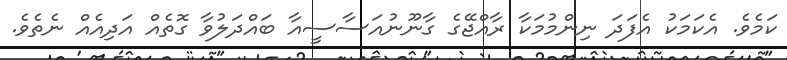
ކަމެވެ. އެކަމަކު އެފަދަ ނިންމުމަކާ ރާއްޖޭގެ ގާނޫނުއަސާސީއާ ބައްދަލުވާ ގޮތެއް އަދިއެއް ނެތެވެ.